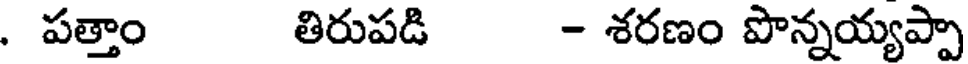
. పత్తాం తిరుపడి - శరణం పొన్నయ్యప్పా